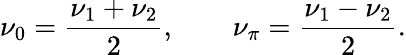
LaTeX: \nu_{0}=\frac{\nu_{1}+\nu_{2}}{2},\qquad\nu_{\pi}=\frac{\nu_{1}-\nu_{2}}{2}.